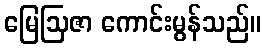
မြေဩဇာ ကောင်းမွန်သည်။